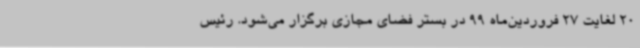
20 لغایت 27 فروردین‌ماه 99 در بستر فضای مجازی برگزار می‌شود. رئیس